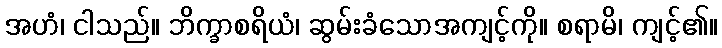
အဟံ၊ ငါသည်။ ဘိက္ခာစရိယံ၊ ဆွမ်းခံသောအကျင့်ကို။ စရာမိ၊ ကျင့်၏။